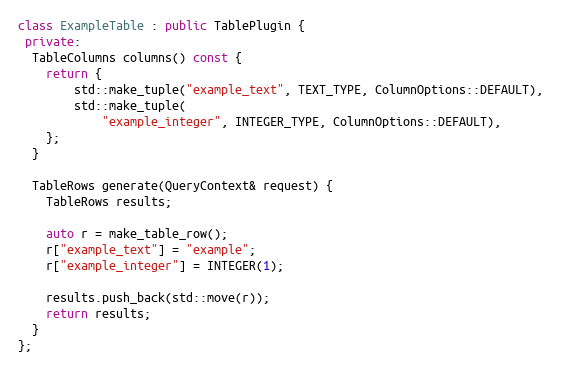
Language: C++
class ExampleTable : public TablePlugin {
 private:
  TableColumns columns() const {
    return {
        std::make_tuple("example_text", TEXT_TYPE, ColumnOptions::DEFAULT),
        std::make_tuple(
            "example_integer", INTEGER_TYPE, ColumnOptions::DEFAULT),
    };
  }

  TableRows generate(QueryContext& request) {
    TableRows results;

    auto r = make_table_row();
    r["example_text"] = "example";
    r["example_integer"] = INTEGER(1);

    results.push_back(std::move(r));
    return results;
  }
};